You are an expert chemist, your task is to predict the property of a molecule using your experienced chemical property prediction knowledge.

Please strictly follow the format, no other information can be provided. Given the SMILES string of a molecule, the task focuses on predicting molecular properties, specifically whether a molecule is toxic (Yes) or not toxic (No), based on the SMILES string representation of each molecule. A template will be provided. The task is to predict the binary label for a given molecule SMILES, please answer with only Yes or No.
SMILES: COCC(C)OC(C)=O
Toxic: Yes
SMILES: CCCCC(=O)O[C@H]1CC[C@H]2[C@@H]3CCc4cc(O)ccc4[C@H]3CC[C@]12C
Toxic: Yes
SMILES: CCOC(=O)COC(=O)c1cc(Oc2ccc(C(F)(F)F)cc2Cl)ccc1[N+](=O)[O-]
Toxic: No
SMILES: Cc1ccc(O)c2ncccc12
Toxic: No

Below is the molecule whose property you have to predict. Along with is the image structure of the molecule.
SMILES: C[C@@H](N)C(=O)c1ccccc1
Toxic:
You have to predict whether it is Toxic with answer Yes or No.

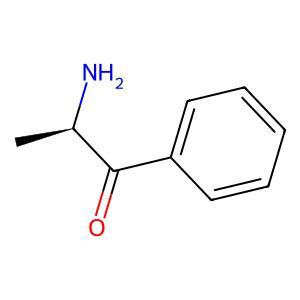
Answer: No